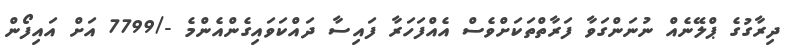
ދިރާގުގެ ޕްލޭނެއް ނުނަންގަވާ ފަރާތްތަކަށްވެސް އެއްފަހަރާ ފައިސާ ދައްކަވައިގެންއެންމެ -/7799 އަށް އައިފޯން